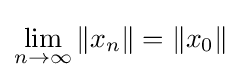
\lim _{n\to \infty }\left\|x_{n}\right\|=\left\|x_{0}\right\|